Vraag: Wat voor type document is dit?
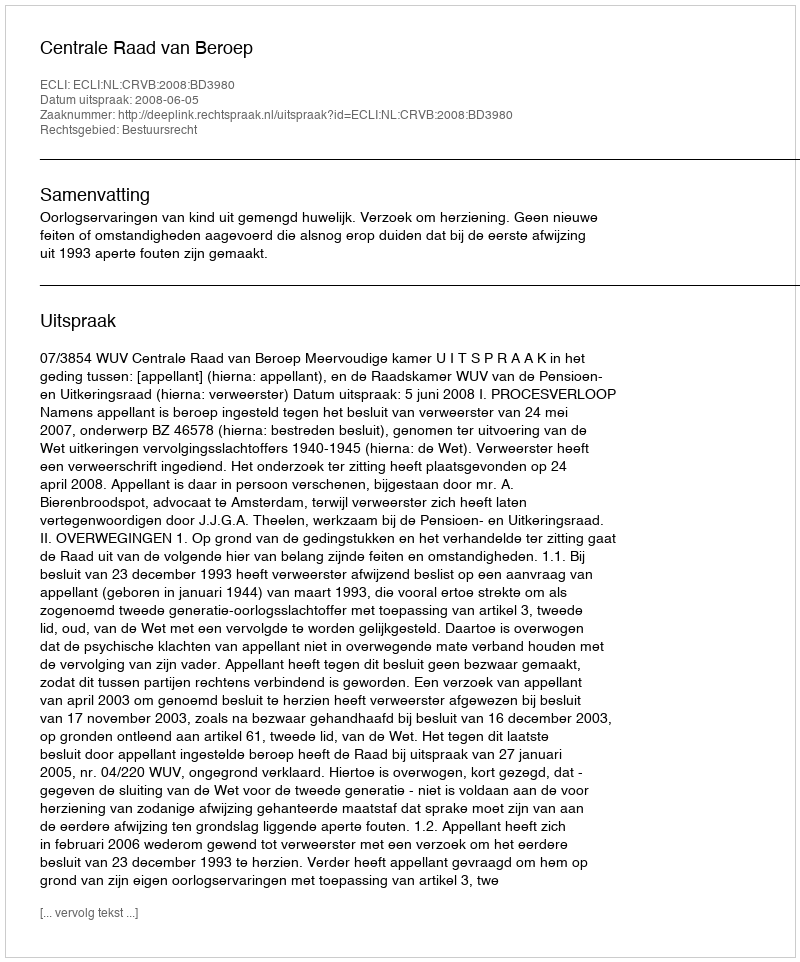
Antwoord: Uitspraak